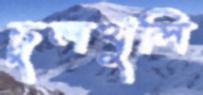
চুলখুলি